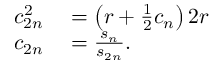
\begin{array} { r l } { c _ { 2 n } ^ { 2 } } & { { } { } = \left( r + { \frac { 1 } { 2 } } c _ { n } \right) 2 r } \\ { c _ { 2 n } } & { { } { } = { \frac { s _ { n } } { s _ { 2 n } } } . } \end{array}